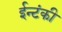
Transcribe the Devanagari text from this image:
ईन्टंकी